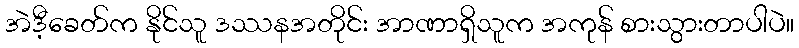
အဲဒီ့ခေတ်က နိုင်သူ ဒဿနအတိုင်း အာဏာရှိသူက အကုန် စားသွားတာပါပဲ။